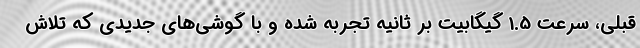
قبلی، سرعت 1.5 گیگابیت بر ثانیه تجربه شده و با گوشی‌های جدیدی که تلاش